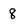
Character: 8